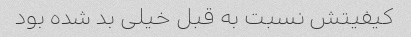
کیفیتش نسبت به قبل خیلی بد شده بود